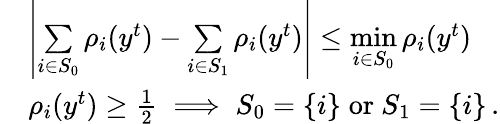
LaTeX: \begin{array}{rl}&{\left|\underset{i\in S_{0}}{\sum}\rho_{i}(y^{t})-\underset{i\in S_{1}}{\sum}\rho_{i}(y^{t})\right|\le\underset{i\in S_{0}}{\operatorname*{min}}\rho_{i}(y^{t})}\\ &{\rho_{i}(y^{t})\ge\frac{1}{2}\implies S_{0}=\{ i\} \; \mathrm{or~}S_{1}=\{ i\} \, .}\end{array}